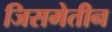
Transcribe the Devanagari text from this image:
जिसमेतीन